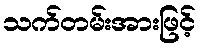
သက်တမ်းအားဖြင့်